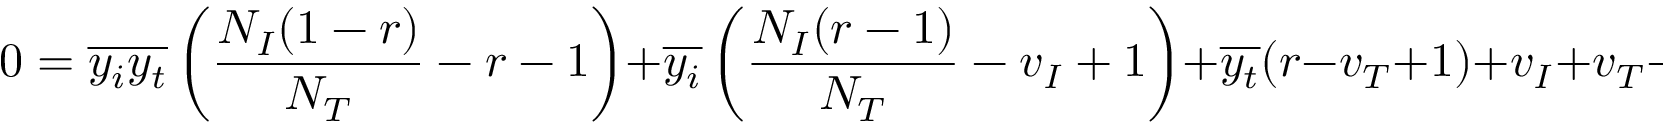
0 = \overline { { y _ { i } y _ { t } } } \left( \frac { N _ { I } ( 1 - r ) } { N _ { T } } - r - 1 \right) + \overline { { y _ { i } } } \left( \frac { N _ { I } ( r - 1 ) } { N _ { T } } - v _ { I } + 1 \right) + \overline { { y _ { t } } } ( r - v _ { T } + 1 ) + v _ { I } + v _ { T } - 1